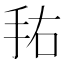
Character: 𰓏